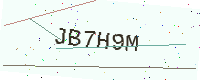
Text: JB7H9M